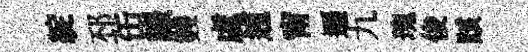
綻邳缶韔䨇虞逋甯遷九瑰俊賅